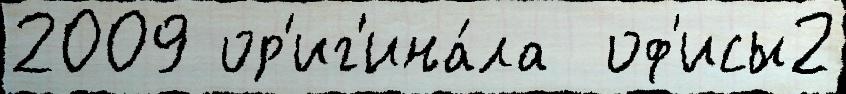
2009 ор'иг'ина́ла  оф'исы2